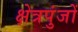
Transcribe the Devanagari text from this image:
क्षेत्रपुंजों